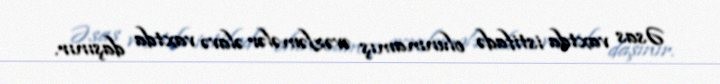
Əsas vaxtda istifadə olunmamış əvəzləmələr əlavə vaxtda daşınır.